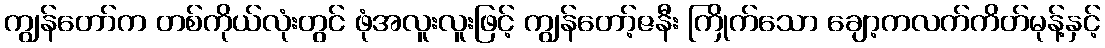
ကျွန်တော်က တစ်ကိုယ်လုံးတွင် ဖုံအလူးလူးဖြင့် ကျွန်တော့်ဇနီး ကြိုက်သော ချော့ကလက်ကိတ်မုန့်နှင့်